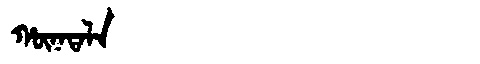
Manchu: ᡥᡡᠨᠠᡨᠠᠯᠠ
Romanization: HŪNATALA